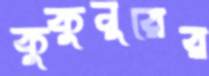
কুকুনুরের